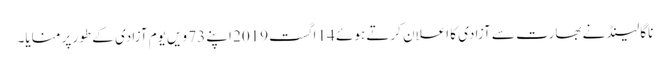
ناگا لینڈ نے بھارت سے آزادی کا اعلان کرتے ہوئے 14 اگست2019 اپنے 73 ویں یوم آزادی کے طور پر منایا۔